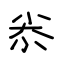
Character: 尜